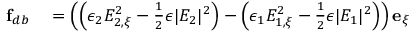
\begin{array} { r l } { \mathbf { f } _ { d b } } & { { } = \left( \left( \epsilon _ { 2 } E _ { 2 , \xi } ^ { 2 } - \frac { 1 } { 2 } \epsilon | E _ { 2 } | ^ { 2 } \right) - \left( \epsilon _ { 1 } E _ { 1 , \xi } ^ { 2 } - \frac { 1 } { 2 } \epsilon | E _ { 1 } | ^ { 2 } \right) \right) \mathbf { e } _ { \xi } } \end{array}